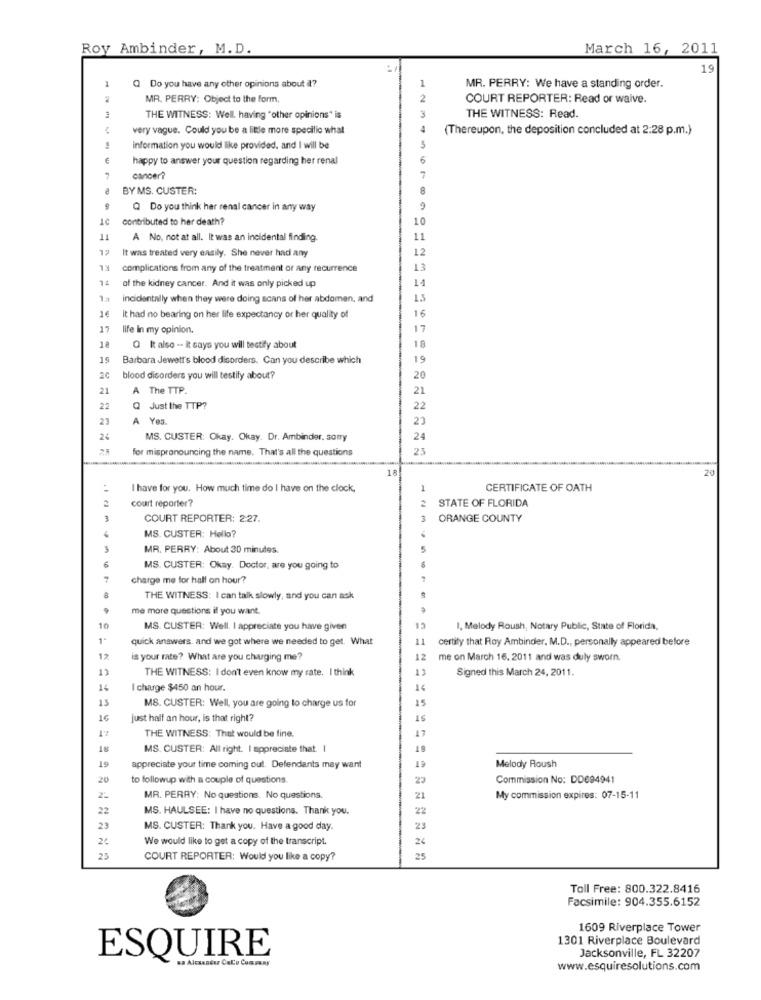
Roy Ambinder, M.D.
March 16, 2011
19
1
1
Q Do you have any other opinions about il?
MR. PERRY: We have a standing order.
MR. PERRY: Object to the form.
2
COURT REPORTER: Read or waive.
3
THE WITNESS: Well. having "other opinions" is
THE WITNESS: Read.
very vague. Could you be a little more specific what
(Thereupon, the deposition concluded at 2:28 p.m.)
information you would like provided, and I will be
happy to answer your question regarding her renal
6
cancer?
7
BY MS. CUSTER:
8
Q Do you think her renal cancer in any way
9
contributed to her death?
10
11
A No, not at all. It was an incidental finding.
11
12
It was treated very easily. She never had any
12
KL
complications from any of the treatment or any recurrence
13
of the kidney cancer. And it was only picked up
14
incidentally when they were doing scans of her abdomen, and
16
It had no bearing on her life expectancy or her quality of
16
17
life In my opinion.
17
18
Q It also -- it says you will testify about
18
15
Barbara Jewett's blood disorders. Can you describe which
19
20
blood disorders you will testify about?
20
21
A The TTP.
21
22
Q Just the TTP?
22
23
A Yes.
23
24
MS. CUSTER: Okay. Okay. Dr. Ambinder. sorry
24
for mispronouncing the name. That's all the questions
23
18
20
I have for you. How much time do I have on the clock,
CERTIFICATE OF OATH
2
court reporter?
STATE OF FLORIDA
COURT REPORTER: 2:27.
ORANGE COUNTY
MS. CUSTER: Hello?
MR. PERRY: About 30 minutes.
MS. CUSTER: Okay. Doctor, are you going to
charge me for hall on hour?
8
THE WITNESS: I can talk slowly, and you can ask
me more questions if you want.
10
MS. CUSTER: Well. I appreciate you have given
1, Melody Roush, Notary Public, State of Florida,
1.
quick answers. and we got where we needed to get. What
certify that Roy Ambinder. M.D ., personally appeared before
12
is your rate? What are you chauging me?
me on March 16. 2011 and was duly sworn.
THE WITNESS: I don't even know my rate. I think
Signed this March 24, 2011.
14
I charge $450 an hour.
13
MS. CUSTER: Well, you are going to charge us for
16
just half an hour, is that right?
17
RT
THE WITNESS: That would be fine.
17
MS. CUSTER: All right. I appreciate that. I
18
19
appreciate your time coming out. Defendants may want
19
Melody Roush
20
to followup with a couple of questions.
Commission No: DD694941
MR. PERRY: No questions. No questions.
21
My commission expires: 07-15-11
22
MS. HAULSEE: I have no questions. Thank you.
22
23
MS. CUSTER: Thank you. Have a good day.
23
26
We would like to get a copy of the transcript.
24
25
COURT REPORTER: Would you like a copy?
25
Toll Free: 800.322.8416
Facsimile: 904.355.6152
1609 Riverplace Tower
1301 Riverplace Boulevard
Jacksonville, FL 32207
ESQUIRE
sa Alexander Calo Company
www.esquiresolutions.com